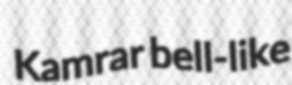
Kamrar bell-like